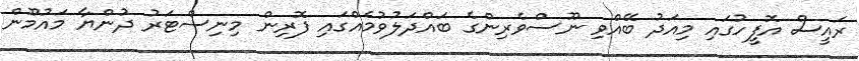
ރައީސް އޮފީހުގައި މިއަދު ބޭއްވި ނޫސްވެރިންގެ ބައްދަލުވުމެއްގައި ފޮރިން މިނިސްޓަރު ދުންޔާ މައުމޫން